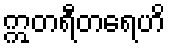
ဣတရီတရေဟိ